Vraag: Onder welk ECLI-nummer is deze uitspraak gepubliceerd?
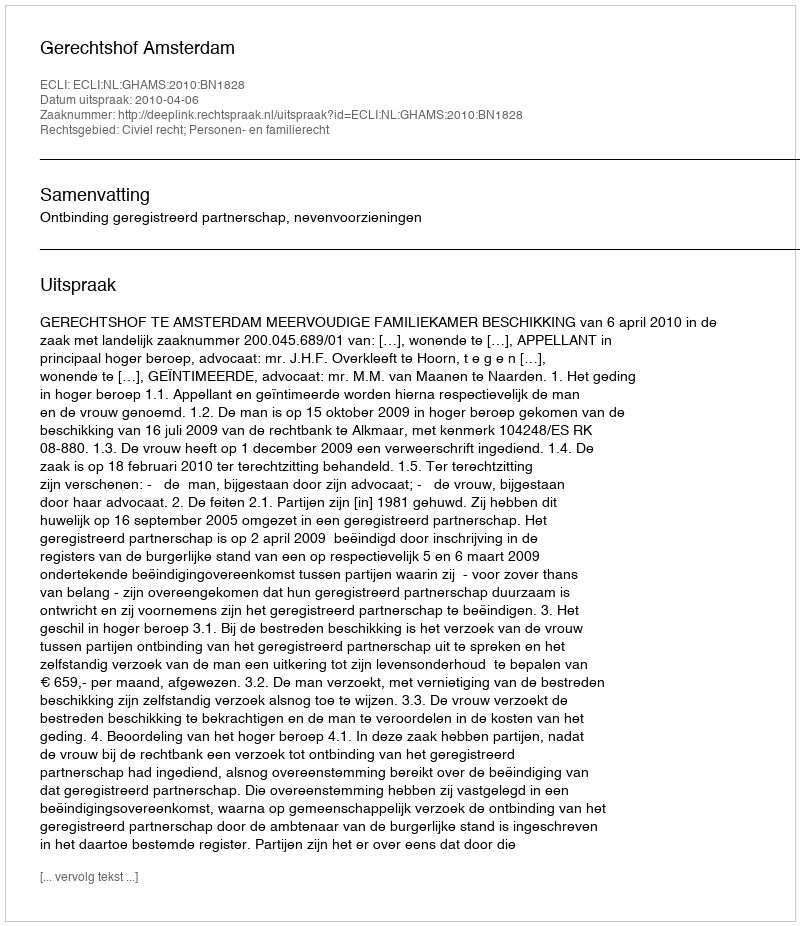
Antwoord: ECLI:NL:GHAMS:2010:BN1828